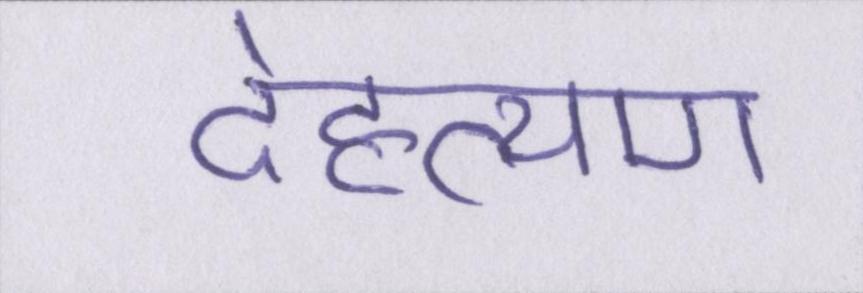
देहत्याग